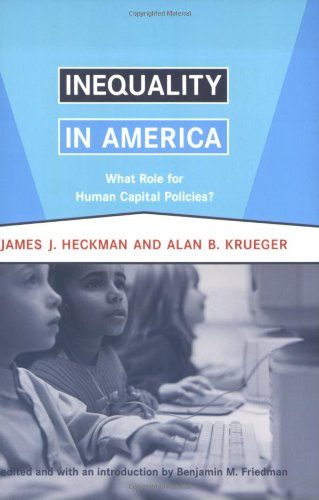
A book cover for Inequality in America: What Role for Human Capital Policies? (Alvin Hansen Symposium on Public Policy at Harvard University); James J. Heckman; Business & Money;